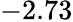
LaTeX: -2.73